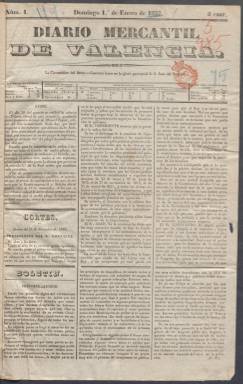
Título: Diario mercantil de Valencia
Colección: Periódicos anteriores a 1850
Ámbito geográfico: Valencia
Lugar de publicación: Valencia
Fechas: 01/01/1837-31/03/1840